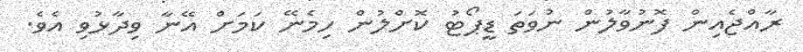
ރާއްޖެއިން ފޮނުވާލުން ނުވަތަ ޑީޕޯޓު ކޮށްލުން ހިމެނޭ ކަމަށް އޭނާ ވިދާޅުވި އެވެ.